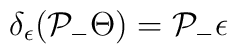
\delta_{\epsilon} (\mathcal{P}_{-} \Theta) = \mathcal{P}_{-}\epsilon